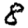
Digit: 8